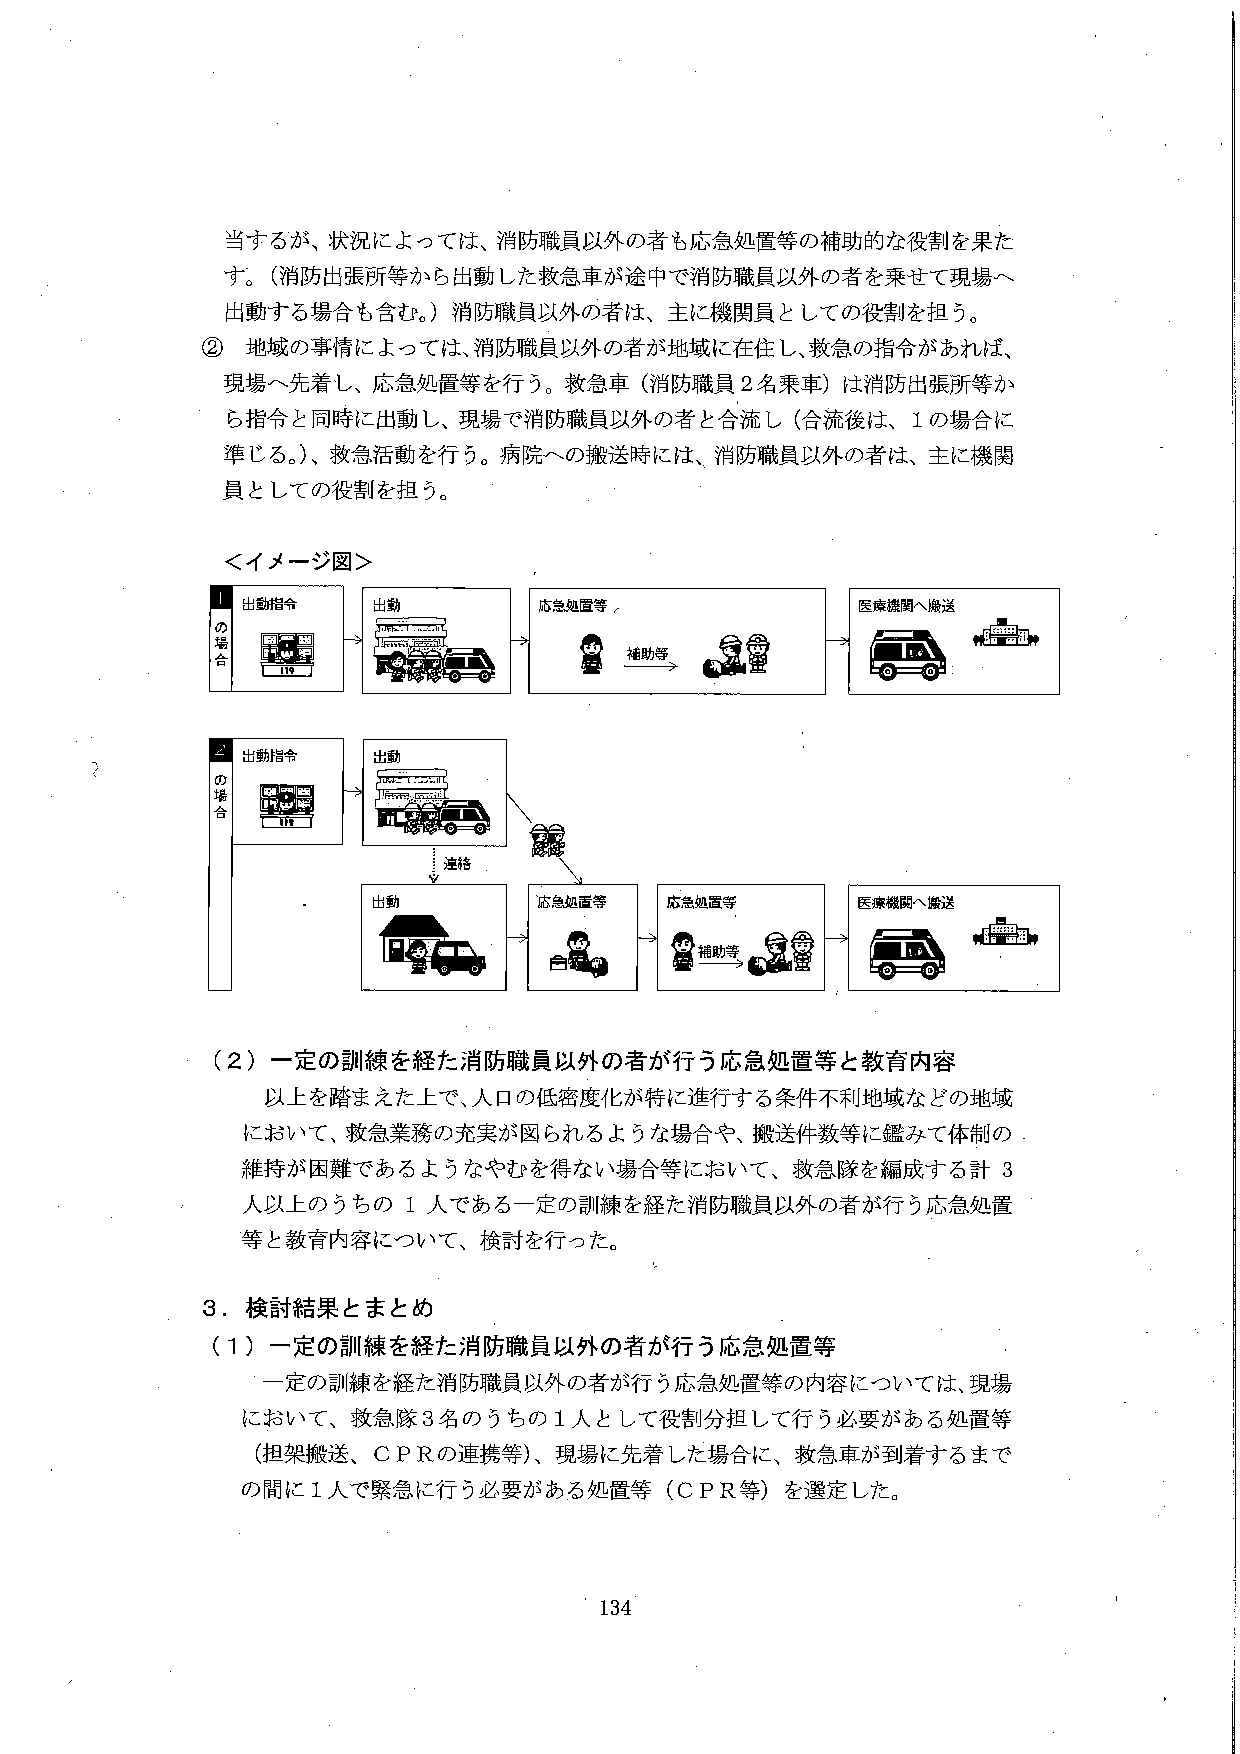
当するが、状況によっては、消防職員以外の者も応急処置等の補助的な役割を果たす。（消防出張所等から出動した救急車が途中で消防職員以外の者を乗せて現場へ出動する場合も含む。）消防職員以外の者は、主に機関員としての役割を担う。

② 地域の事情によっては、消防職員以外の者が地域に在住し、救急の指令があれば、現場へ先着し、応急処置等を行う。救急車（消防職員２名乗車）は消防出張所等から指令と同時に出動し、現場で消防職員以外の者と合流し（合流後は、１の場合に準じる。）、救急活動を行う。病院への搬送時には、消防職員以外の者は、主に機関員としての役割を担う。

＜イメージ図＞

1 の場合
出動指令 → 出動 → 応急処置等 → 医療機関へ搬送
（図：119の表示、救急車、人物、補助等、救急車と病院）

2 の場合
出動指令 → 出動 → 連絡 → 出動 → 応急処置等 → 応急処置等 → 医療機関へ搬送
（図：119の表示、救急車、連絡、別の出動、人物、補助等、救急車と病院）

（2）一定の訓練を経た消防職員以外の者が行う応急処置等と教育内容
以上を踏まえた上で、人口の低密度化が特に進行する条件不利地域などの地域において、救急業務の充実が図られるような場合や、搬送件数等に鑑みて体制の維持が困難であるようなやむを得ない場合等において、救急隊を編成する計3人以上のうちの1人である一定の訓練を経た消防職員以外の者が行う応急処置等と教育内容について、検討を行った。

3．検討結果とまとめ
（1）一定の訓練を経た消防職員以外の者が行う応急処置等
一定の訓練を経た消防職員以外の者が行う応急処置等の内容については、現場において、救急隊3名のうちの1人として役割分担して行う必要がある処置等（担架搬送、ＣＰＲの連携等）、現場に先着した場合に、救急車が到着するまでの間に1人で緊急に行う必要がある処置等（ＣＰＲ等）を選定した。

134